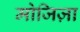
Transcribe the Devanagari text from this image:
मोजिज़ा